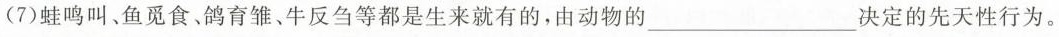
(7)蛙鸣叫、鱼觅食、鸽育雏、牛反刍等都是生来就有的，由动物的\underline决定的先天性行为。